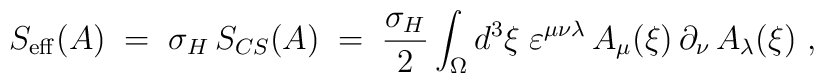
S_{\rm eff} (A) \;=\; \sigma_H\, S_{CS} (A) \;=\;\frac{\sigma_H}{2} \int_\Omega d^3\xi\;\varepsilon^{\mu\nu\lambda}\, A_\mu (\xi)\,\partial_\nu\,A_\lambda(\xi)~,